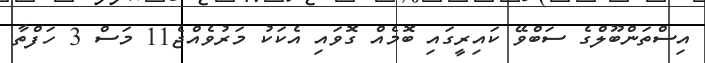
އިސްތަންބޫލްގެ ސަބްވޭ ކައިރީގައި ބޮމެއް ގޮވައި އެކަކު މަރުވެއްޖެ11 މަސް 3 ހަފްތާ